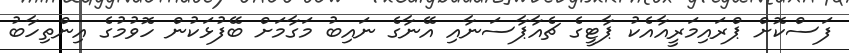
ފަސްކޮށް ޕްރައިމަރީއާއެކު ޕާޓީގެ ޗެއާޕާސަނާއި އޭނާގެ ނައިބު މަގާމަށް ބޭފުޅަކުން ހޮވުމުގެ އިންތިހާބު